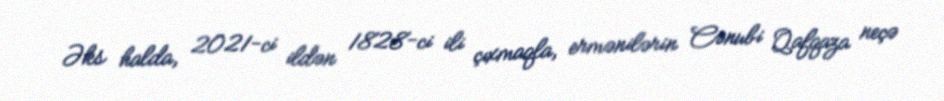
Əks halda, 2021-ci ildən 1828-ci ili çıxmaqla, ermənilərin Cənubi Qafqaza neçə